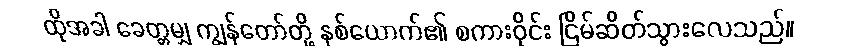
ထိုအခါ ခေတ္တမျှ ကျွန်တော်တို့ နှစ်ယောက်၏ စကားဝိုင်း ငြိမ်ဆိတ်သွားလေသည်။